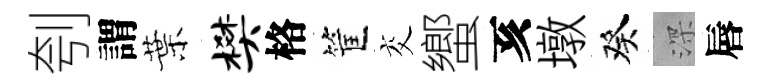
刳謂葉樊格筐交蠁亥墩癸深唇